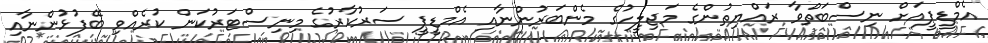
އެމްޑީޕީއަށް ނިސްބަތްވާ ރައްޔިތުންގެ މަޖިލީހުގެ މެންބަރުންނާއި އެމްޑީޕީ ސަރުކާރުގެ މިނިސްޓަރުކަން ކުރެއްވި ބޭފުޅުންނާއި